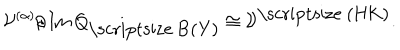
{ \cal V } ^ { ( \alpha ) } / \, \mathrm { I m } \, Q _ { \mathrm { \scriptsize ~ B ( Y ) } } \cong { \cal V } ^ { \mathrm { \scriptsize ~ ( H K ) } } .